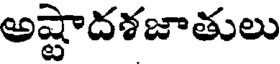
అష్టాదశజాతులు